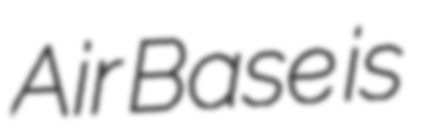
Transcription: Air Base is